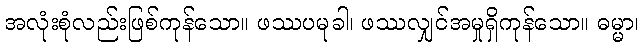
အလုံးစုံလည်းဖြစ်ကုန်သော။ ဖဿပမုခါ၊ ဖဿလျှင်အမှုရှိကုန်သော။ ဓမ္မာ၊